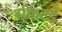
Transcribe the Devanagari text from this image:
सीवर्ल्ड